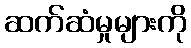
ဆက်ဆံမှုများကို